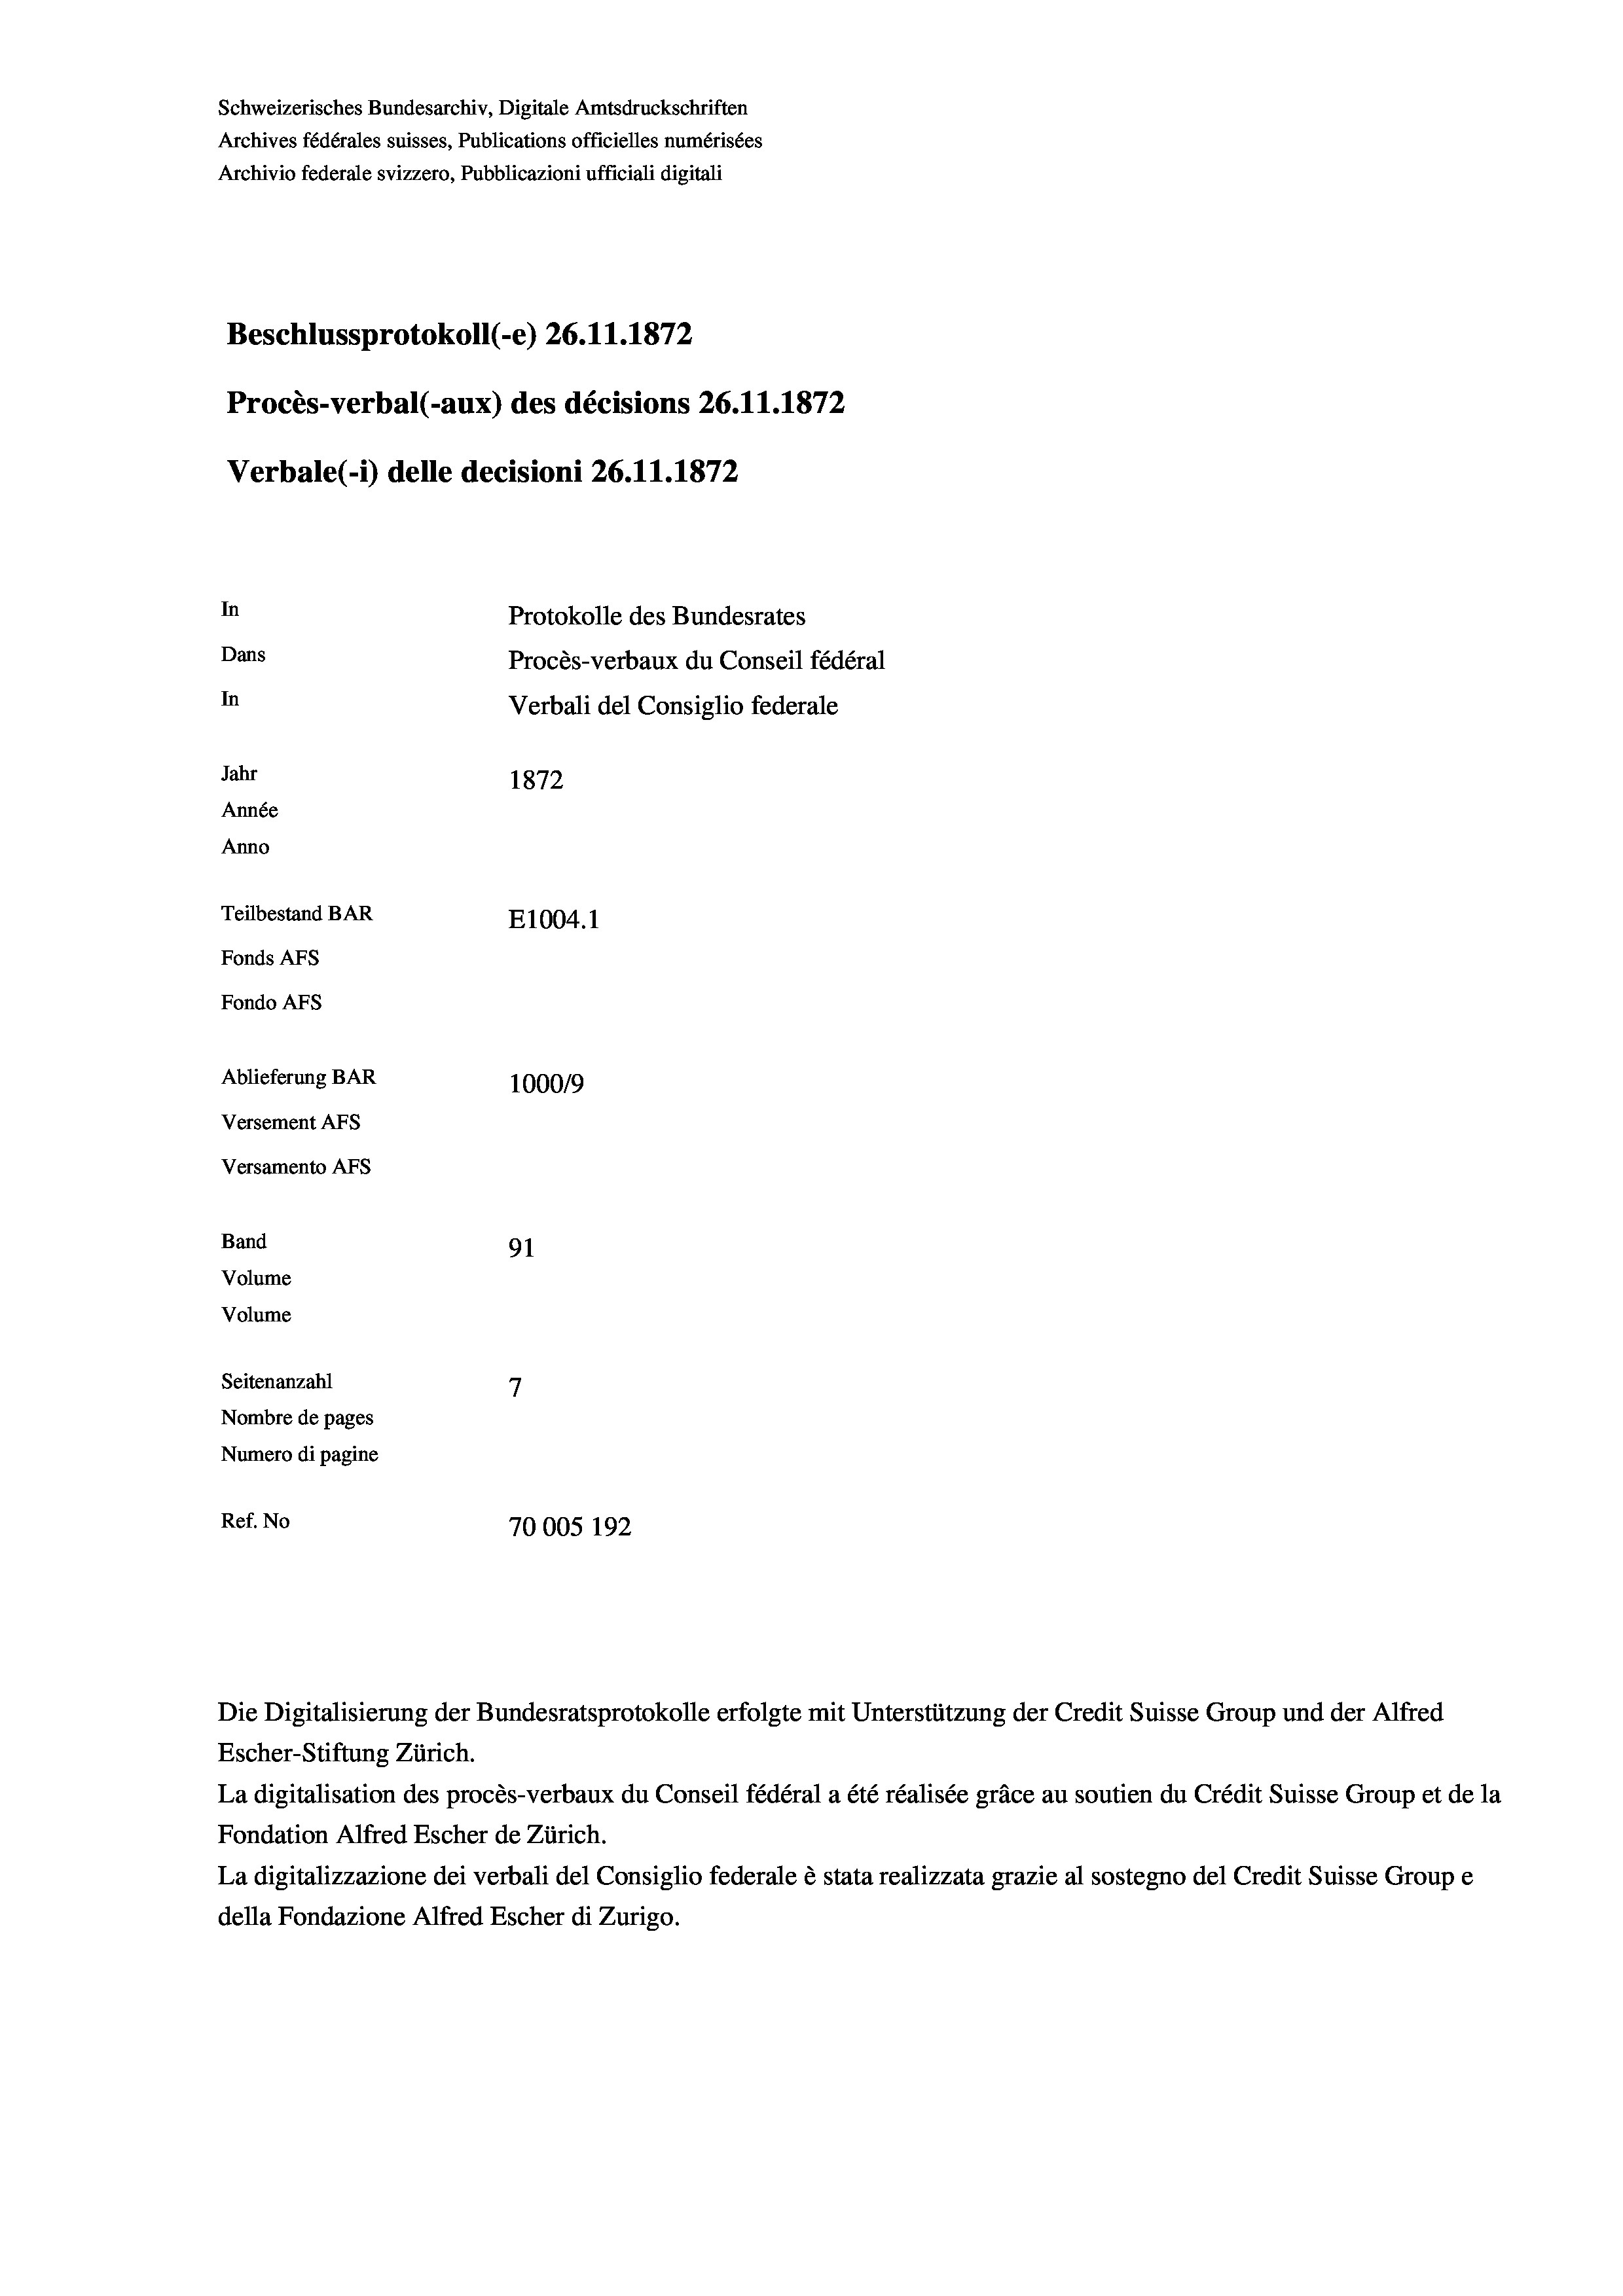
Beschlussprotokoll (-e) 26. 11. 1872
Procès-verbal (-aux) des décisions 26. 11. 1872
Verbale (-*) delle decisioni 26.11.1872

Ablieferung BAR
Versement Abs
Versamento Afs
Band
Volume
Volume
Seitenanzahl

Schweizerisches Bundesarchiv, Digitale Amtsdruckschriften
Archives fédérales suisses, Publications officielles numérisées
Archivio federale svizzero, Pubblicazioni ufficiali digitali

In
Dans
In
Jahr
1872
Année
Anno
Teilbestand BAR
E1004. 1
Fonds Afs
Fondo AFs

100019
91
7
Nombre de pages
Numero di pagine
Ref. No
70005 192

Protokolle des Bundesrates
Procès-verbaux du Conseil fédéral
Verbali del Consiglio federale

Die Digitalisierung der Bundesratsprotokolle erfolgte mit Unterstützung der Credit Suisse Group und der Alfred
Escher-Stiftung Zürich.
La digitalisation des procès-verbaux du Conseil fédéral a été réalisée gräce au soutien du Crédit Suisse Group et de la
Fondation Alfred Escher de Zürich.
La digitalizzazione dei verbali del Consiglio federale è stata realizzata grazie al sostegno del Credit Suisse Groupe
della Fondazione Alfred Escher di Zurigo.